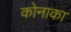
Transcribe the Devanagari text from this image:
कोनाका